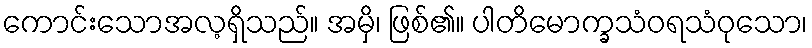
ကောင်းသောအလ့ရှိသည်။ အမှိ၊ ဖြစ်၏။ ပါတိမောက္ခသံဝရသံဝုသော၊